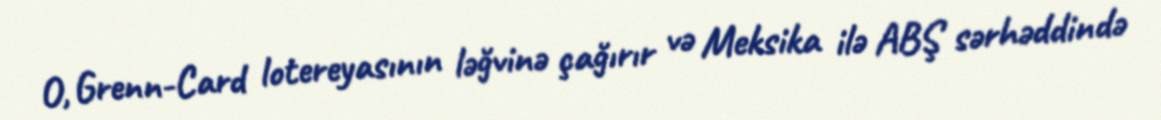
O, Grenn-Card lotereyasının ləğvinə çağırır və Meksika ilə ABŞ sərhəddində